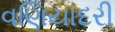
વણિયાદરી